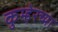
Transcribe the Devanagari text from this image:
कुम्हेरच्या